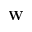
\mathbf { W }